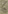
Text: 6